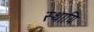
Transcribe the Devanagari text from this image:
स्थायि